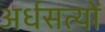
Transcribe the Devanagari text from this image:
अर्धसत्यों